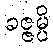
ခဇ္ဇမ္ပိ